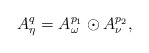
\begin{align*}A_{\eta}^{q}=A_{\omega}^{p_{1}}\odot A_{\nu}^{p_{2}},\end{align*}